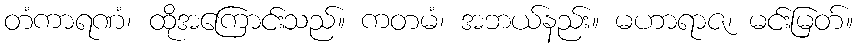
တံကာရဏံ၊ ထိုအကြောင်းသည်။ ကတမံ၊ အဘယ်နည်း။ မဟာရာဇ၊ မင်းမြတ်။